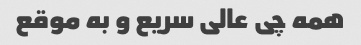
همه چی عالی سریع و به موقع